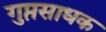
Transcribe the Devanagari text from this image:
गुप्तसाधक